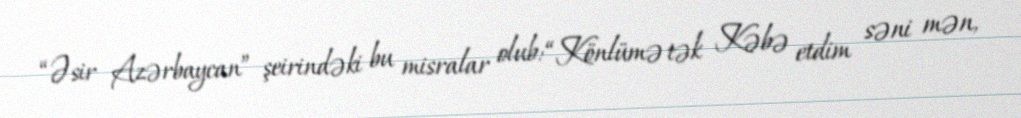
“Əsir Azərbaycan” şeirindəki bu misralar olub: “Könlümə tək Kəbə etdim səni mən,